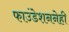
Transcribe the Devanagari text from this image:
फाउंडेशननेही